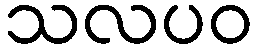
သလပဝ